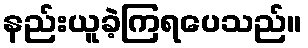
နည်းယူခဲ့ကြရပေသည်။